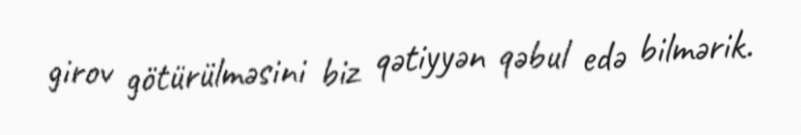
girov götürülməsini biz qətiyyən qəbul edə bilmərik.